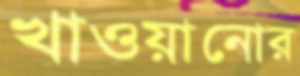
খাওয়ানোর